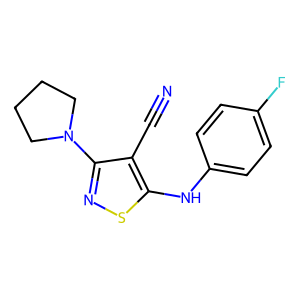
SMILES: N#Cc1c(N2CCCC2)nsc1Nc1ccc(F)cc1
Inhibits HIV replication: No